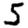
Digit: 5